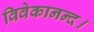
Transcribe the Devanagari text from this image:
विवेकानन्द।